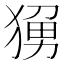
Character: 𬌼